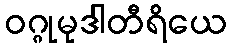
ဝဂ္ဂုမုဒါတီရိယေ